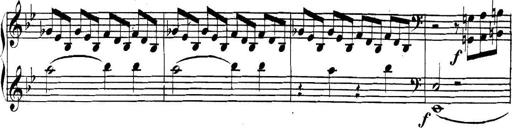
Title: Collected Piano Sonatas
Composer: Muzio Clementi